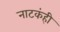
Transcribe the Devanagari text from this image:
नाटकंही